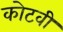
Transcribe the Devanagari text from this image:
कोटवी